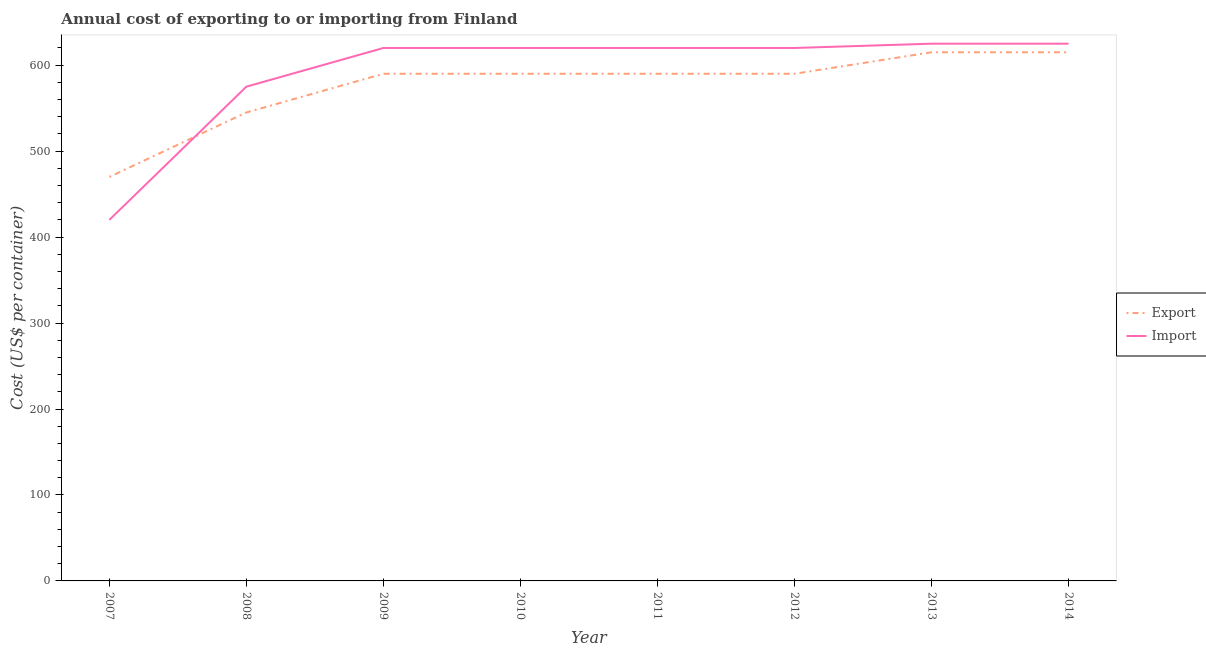
| Year | Export | Import |
 | --- | --- | --- |
 | 2007 | 470 | 420 |
 | 2008 | 545 | 575 |
 | 2009 | 590 | 620 |
 | 2010 | 590 | 620 |
 | 2011 | 590 | 620 |
 | 2012 | 590 | 620 |
 | 2013 | 615 | 625 |
 | 2014 | 615 | 625 |